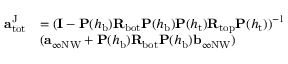
\begin{array} { r l } { \mathbf { a } _ { \mathrm { t o t } } ^ { \mathrm { J } } } & { = ( \mathbf { I } - \mathbf { P } ( h _ { \mathrm { b } } ) \mathbf { R } _ { \mathrm { b o t } } \mathbf { P } ( h _ { \mathrm { b } } ) \mathbf { P } ( h _ { \mathrm { t } } ) \mathbf { R } _ { \mathrm { t o p } } \mathbf { P } ( h _ { \mathrm { t } } ) ) ^ { - 1 } } \\ & { ( \mathbf { a } _ { \infty \mathrm { N W } } + \mathbf { P } ( h _ { \mathrm { b } } ) \mathbf { R } _ { \mathrm { b o t } } \mathbf { P } ( h _ { \mathrm { b } } ) \mathbf { b } _ { \infty \mathrm { N W } } ) } \end{array}